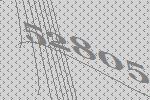
52805